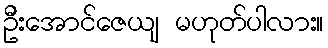
ဦးအောင်ဇေယျ မဟုတ်ပါလား။